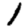
Digit: 1